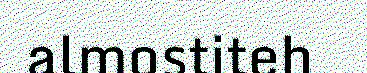
almostiteh